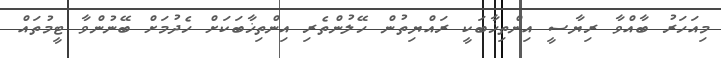
މިއަހަރު ބާއްވާ ރިޔާސީ އިންތިޚާބަކީ ރައްޔިތުން ހޭލުންތެރި އިންތިޚާބަކަށް ހެދުމަށް ބޭނުންވާ ޓީމުތައް